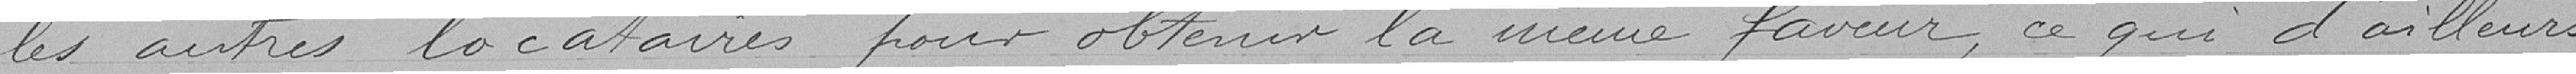
les autres locataires pour obtenir la même faveur, ce qui d'ailleurs